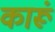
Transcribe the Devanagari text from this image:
कारूं